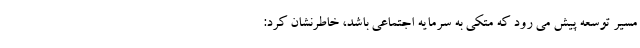
مسیر توسعه پیش می رود که متکی به سرمایه اجتماعی باشد، خاطرنشان کرد: